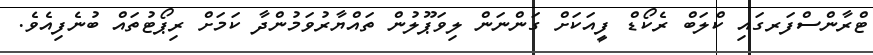
ޓްރާންސްފަރގައި ކްލަބް ރެކޯޑް ފީއަކަށް ގަންނަން ލިވަޕޫލުން ތައްޔާރުވަމުންދާ ކަމަށް ރިޕޯޓުތައް ބުނެފިއެވެ.